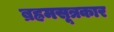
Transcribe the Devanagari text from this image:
ब्रह्रमसूत्रकार